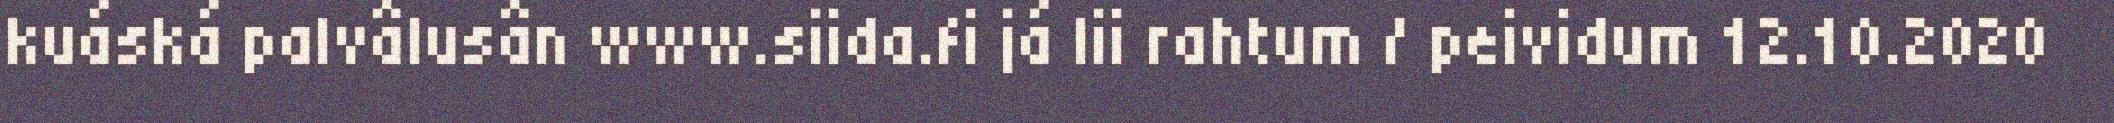
kuáská palvâlusân www.siida.fi já lii rahtum / peividum 12.10.2020